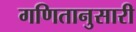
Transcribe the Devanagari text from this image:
गणितानुसारी